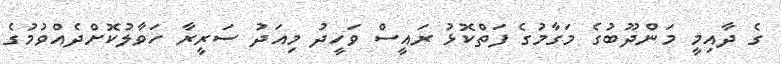
ގެ ދާއިމީ މަންދޫބުގެ މަގާމުގެ ފަތްކޮޅު ރައީސް ވަހީދު މިއަދު ސަރީރާ ހަވާލުކޮށްދެއްވުމުގެ